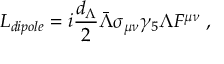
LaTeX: L _ { d i p o l e } = i { \frac { d _ { \Lambda } } { 2 } } \bar { \Lambda } \sigma _ { \mu \nu } \gamma _ { 5 } \Lambda F ^ { \mu \nu } \; ,